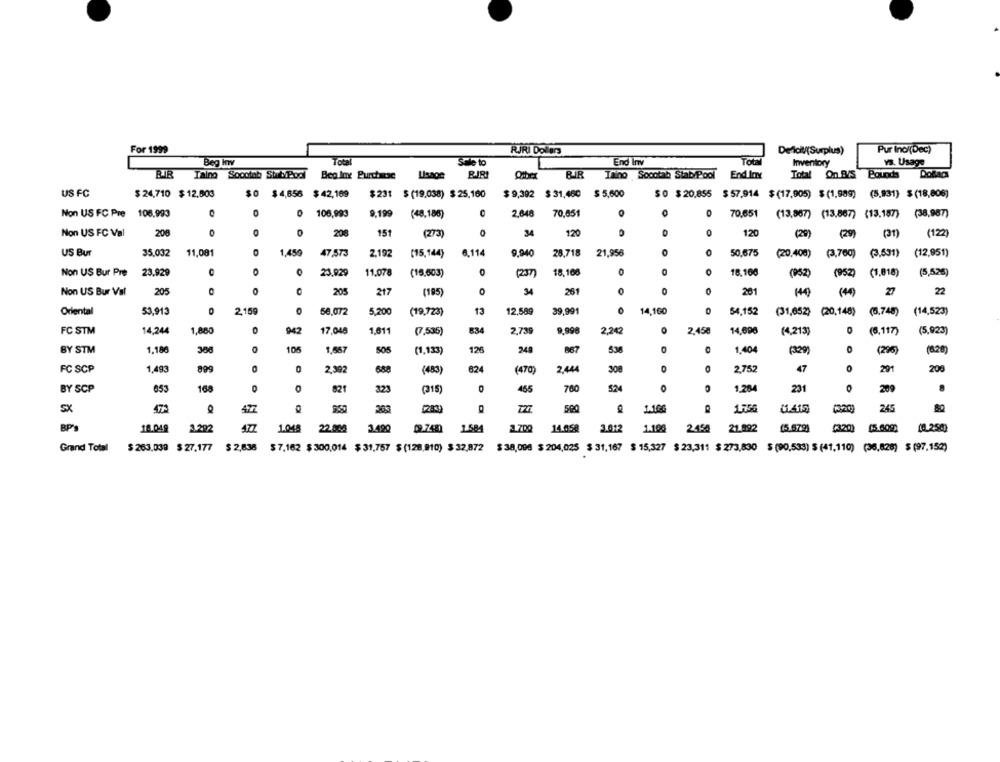
For 1999
RJRI Dollars
Deficit/(Surplus)
Pur Inol(Dec)
End Inv
Total
vs. Usage
Beg Inv
Sile to
Inventory
BIR Taing Soooiob StabiPod
Beg lox Purchase
Lisaon
BIRI
Oaber
BIR Thing Soootab Staby Pool
End Iny
Total On BVS Bounds
Dollar
US FC
$ 24,710 $12,803
$0 $4,656 $ 42,169
$231 $ (19,038) $ 25,160
$ 9,392
$ 31,460 $ 5,600
$0 $20,855 $57,914 $(17,905) $(1,989) (5,931) $(18,806)
Non US FC Pre 106,993
0
0 106,993
9,199
(48,186)
2.648
70,051
O
70,651
(13,867) (13.567) (13,187) (38,987)
Non US FC Val
208
0
208
151
(273)
34
12
0
120
(29)
(29)
(31)
(122)
US Bur
11,081
0
6.114
21,956
0
0
35,032
1,459
47,573
2.192
(15,144)
9.940
28,718
50,675
(20,408) (3,760) (3,631)
(12,951)
Non US Bur Pre
23.929
0
23.929
11,078
(15.503)
(237)
18,168
0
O
18.100
(952) (952) (1,818)
(5,5.26)
205
34
0
0
Non US Bur Val
205
O
217
(195)
0
261
201
140)
(44)
27
22
Oriental
53,913
2.159
66,072
5,200
(19,723)
13
12,589
39,991
14,160
O
54.152
(31,652) (20,148)
(5.748)
(14,523)
FC STM
14,244
1,880
0
942
17,048
1,611
(7,535)
B34
2,739
9,998
2,242
2.450
14,696
(4,213)
0
(5.117)
(5,923)
BY STM
1.180
106
1.567
(1,133)
126
240
867
536
1.404
(329)
O
(296)
(6.20)
291
FC SCP
1,493
899
2,392
(483)
82
(470)
2.444
O
2,752
47
0
200
BY SCP
653
168
323
(315)
D
455
760
1.284
231
O
209
SX
422
363
1.100
175G
1.415
(3,20)
245
BP
477
4320)
18.049
3.292
1.048
22.000
3.490
[9.7.480
1.584
1.700
14.058
3.012
1.108
2450
21.892
(5.679)
[5.509)
Grand Total
$ 263,039 $ 27.177 $ 2,638
$7,162 $300,014 $ 31,757 $ (128,910) $ 32,872
$ 38,099 $ 204,025 $ 31,167 $ 15,327 $ 23,311 $ 273,830 $ (90,533) $ (41,110) (36,828) $ (97,152)